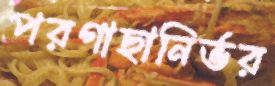
পরগাছানির্ভর